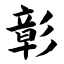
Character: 彰